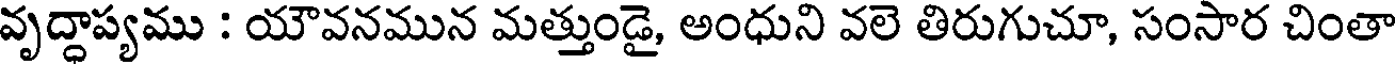
వృద్ధాప్యము : యౌవనమున మత్తుండై, అంధుని వలె తిరుగుచూ, సంసార చింతా